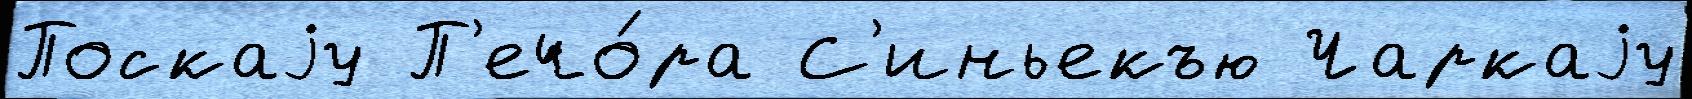
Поскаjу П'ечо́ра С'иньекъю Чаркаjу